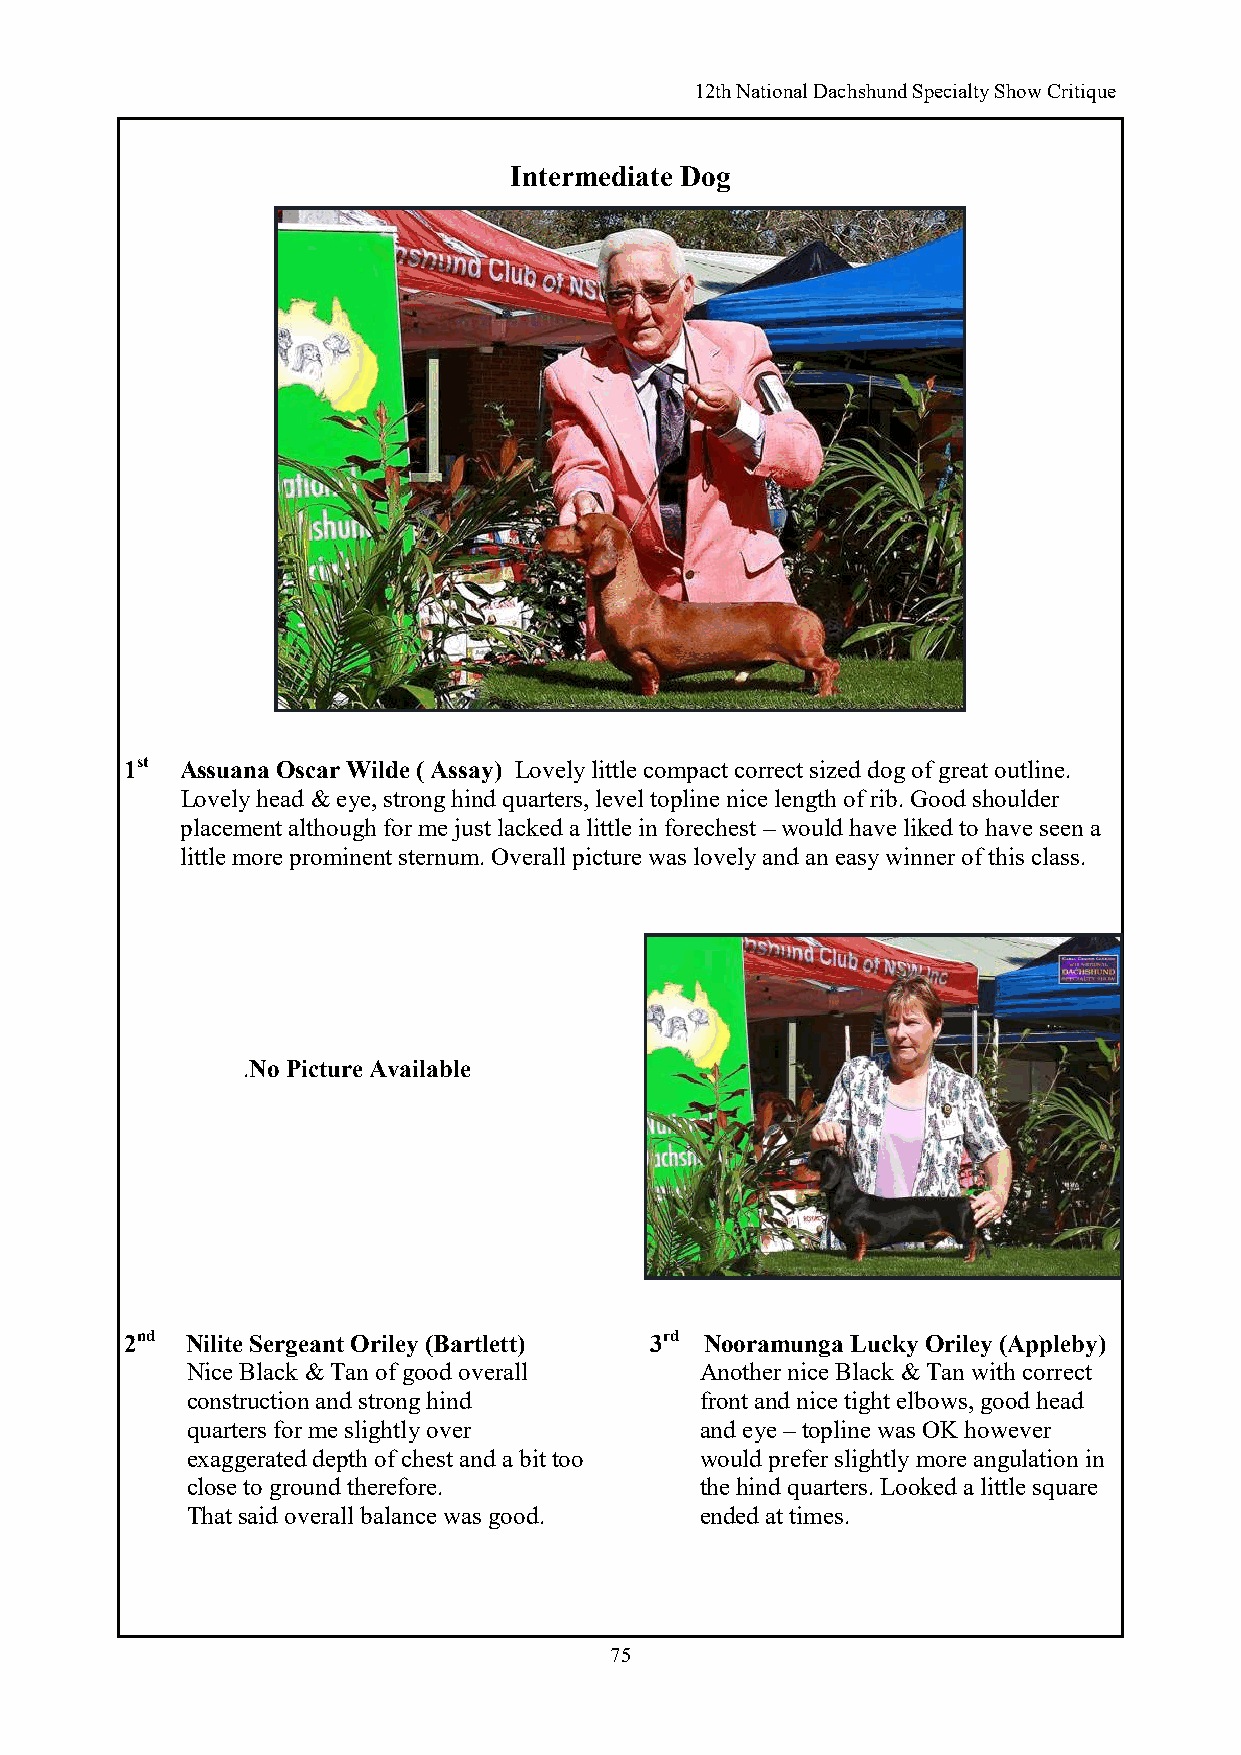
12th National Dachshund Specialty Show Critique
 Intermediate Dog
 1st Assuana Oscar Wilde ( Assay) Lovely little compact correct sized dog of great outline.
 Lovely head & eye, strong hind quarters, level topline nice length of rib. Good shoulder
 placement although for me just lacked a little in forechest – would have liked to have seen a
 little more prominent sternum. Overall picture was lovely and an easy winner of this class.
 .
 .No Picture Available
 2nd Nilite Sergeant Oriley (Bartlett) 3rd Nooramunga Lucky Oriley (Appleby)
 Nice Black & Tan of good overall  Another nice Black & Tan with correct
 construction and strong hind      front and nice tight elbows, good head
 quarters for me slightly over     and eye – topline was OK however
 exaggerated depth of chest and a bit too would prefer slightly more angulation in
 close to ground therefore.        the hind quarters. Looked a little square
 That said overall balance was good. ended at times.
 75